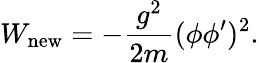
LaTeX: W_{\mathrm{new}}=-\frac{g^{2}}{2m}(\phi\phi^{\prime})^{2}.